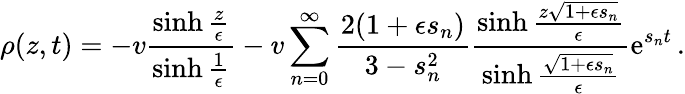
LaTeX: \rho(z,t)=-v\frac{\sinh{\frac{z}{\epsilon}}}{\sinh{\frac{1}{\epsilon}}}-v\sum_{n=0}^{\infty}\frac{2(1+\epsilon s_{n})}{3-s_{n}^{2}}\frac{\sinh{\frac{z\sqrt{1+\epsilon s_{n}}}{\epsilon}}}{\sinh{\frac{\sqrt{1+\epsilon s_{n}}}{\epsilon}}}\operatorname{e}^{s_{n}t}\, .